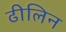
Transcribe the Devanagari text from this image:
ढीलिन